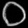
Digit: ၀